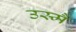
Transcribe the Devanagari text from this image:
उस्मैं